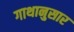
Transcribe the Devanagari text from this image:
गाथानुसार